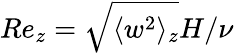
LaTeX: Re_{z}=\sqrt{\langle w^{2}\rangle_{z}}H/\nu